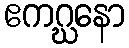
ဧကဂ္ဃနော